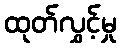
ထုတ်လွှင့်မှု